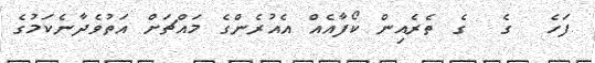
ފަހެ  ގެ  ގެ ތެރެއިން ކޯފާއެއް އެއުރެންގެ މައްޗަށް އަތުވެދާނެކަމުގެ